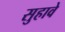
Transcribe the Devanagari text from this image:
सुहावे